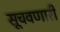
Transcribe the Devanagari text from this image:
सूचवणारी